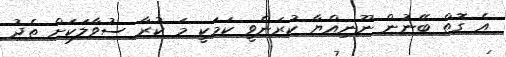
އެ ގޮތް ބޭނުން ނޫނިއްޔާ ކުރަންވީ ކަމަކީ މަ ކުރާ ސުވާލަކަށް ތެދު